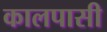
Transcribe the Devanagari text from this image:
कालपासी